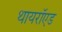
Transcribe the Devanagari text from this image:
थायरॉएड